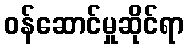
ဝန်ဆောင်မှုဆိုင်ရာ